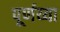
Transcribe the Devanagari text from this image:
पूर्णय्या